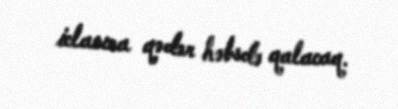
iclasına qədər həbsdə qalacaq.